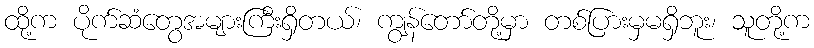
ထို့က ပိုက်ဆံတွေအများကြီးရှိတယ်၊ ကျွန်တော်တို့မှာ တစ်ပြားမှမရှိဘူး၊ သူတို့က